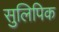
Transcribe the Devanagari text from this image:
सुलिपिक